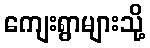
ကျေးရွာများသို့